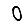
Digit: 0